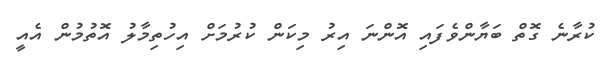
ކުރާނެ ގޮތް ބަޔާންވެފައި އޮންނަ އިރު މިކަން ކުރުމަށް އިހުތިމާލު އޮތުމުން އެއީ